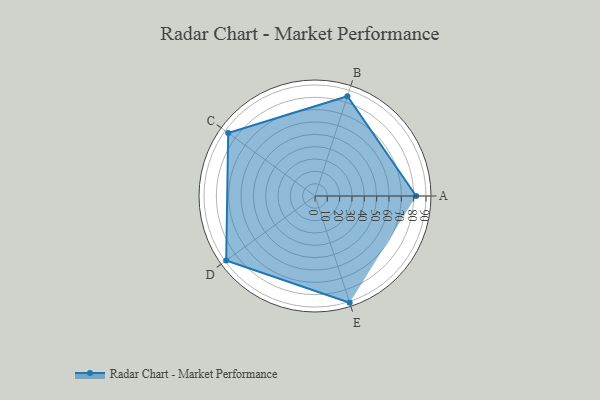
{"axis": {"x": "Skill", "y": "Score"}, "legend": ["Profile"], "data": [{"x": "A", "y": 82.0, "type": "Profile"}, {"x": "B", "y": 85.0, "type": "Profile"}, {"x": "C", "y": 87.0, "type": "Profile"}, {"x": "D", "y": 89.0, "type": "Profile"}, {"x": "E", "y": 91.0, "type": "Profile"}]}